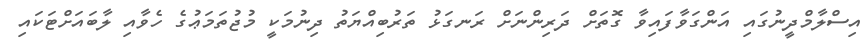
އިސްލާމްދީނުގައި އަންގަވާފައިވާ ގޮތަށް ދަރިންނަށް ރަނގަޅު ތަރުބިއްޔަތު ދިނުމަކީ މުޖުތަމަޢުގެ ހެވާއި ލާބައަށްޓަކައި